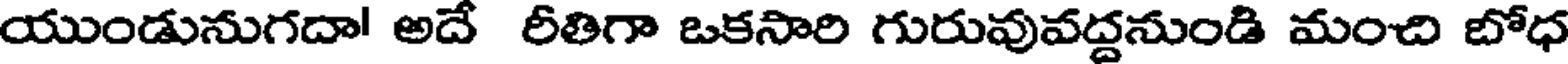
యుండునుగదా! అదే రీతిగా ఒకసారి గురువువద్దనుండి మంచి బోధ